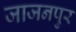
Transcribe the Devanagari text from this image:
जाजनपुर